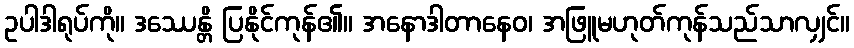
ဥပါဒါရုပ်ကို။ ဒဿေန္တိ ပြနိုင်ကုန်၏။ အနောဒါတာနေဝ၊ အဖြူမဟုတ်ကုန်သည်သာလျှင်။